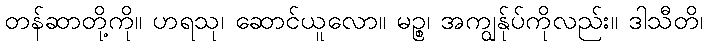
တန်ဆာတို့ကို။ ဟရသု၊ ဆောင်ယူလော။ မဉ္စ၊ အကျွန်ုပ်ကိုလည်း။ ဒါသီတိ၊